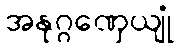
အနုဂ္ဂဏှေယျုံ